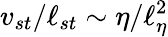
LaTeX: v_{st}/\ell_{st}\sim\eta/\ell_{\eta}^{2}